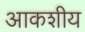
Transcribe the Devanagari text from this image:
आकशीय